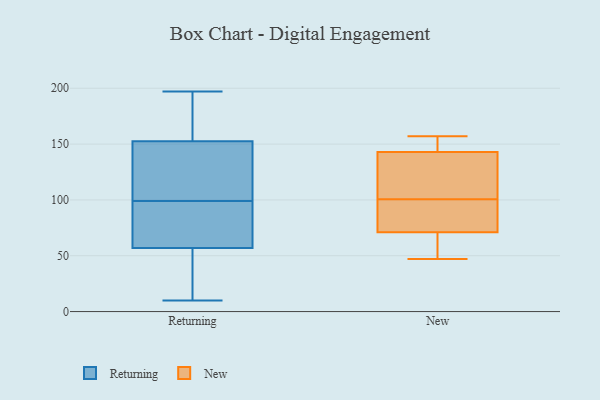
{"axis": {"x": "Page Views", "y": "Value"}, "legend": ["New", "Returning"], "data": [{"x": "", "y": 169, "type": "Returning"}, {"x": "", "y": 184, "type": "Returning"}, {"x": "", "y": 60, "type": "Returning"}, {"x": "", "y": 110, "type": "Returning"}, {"x": "", "y": 12, "type": "Returning"}, {"x": "", "y": 10, "type": "Returning"}, {"x": "", "y": 140, "type": "Returning"}, {"x": "", "y": 17, "type": "Returning"}, {"x": "", "y": 147, "type": "Returning"}, {"x": "", "y": 99, "type": "Returning"}, {"x": "", "y": 90, "type": "Returning"}, {"x": "", "y": 172, "type": "Returning"}, {"x": "", "y": 197, "type": "Returning"}, {"x": "", "y": 78, "type": "Returning"}, {"x": "", "y": 62, "type": "Returning"}, {"x": "", "y": 118, "type": "Returning"}, {"x": "", "y": 48, "type": "Returning"}, {"x": "", "y": 98, "type": "New"}, {"x": "", "y": 152, "type": "New"}, {"x": "", "y": 58, "type": "New"}, {"x": "", "y": 47, "type": "New"}, {"x": "", "y": 54, "type": "New"}, {"x": "", "y": 136, "type": "New"}, {"x": "", "y": 71, "type": "New"}, {"x": "", "y": 143, "type": "New"}, {"x": "", "y": 157, "type": "New"}, {"x": "", "y": 103, "type": "New"}, {"x": "", "y": 92, "type": "New"}, {"x": "", "y": 73, "type": "New"}, {"x": "", "y": 128, "type": "New"}, {"x": "", "y": 150, "type": "New"}]}